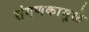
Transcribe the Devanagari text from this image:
संगणकामुळे